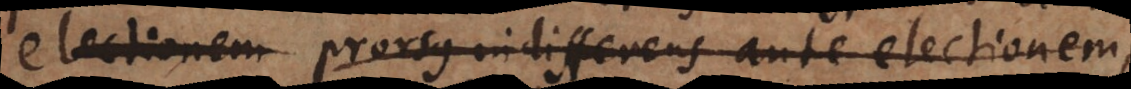
est prorsus indifferens ante electionem,